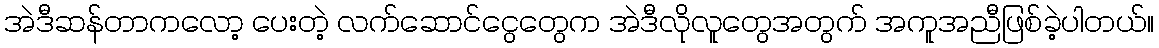
အဲဒီဆန်တာကလော့ ပေးတဲ့ လက်ဆောင်ငွေတွေက အဲဒီလိုလူတွေအတွက် အကူအညီဖြစ်ခဲ့ပါတယ်။